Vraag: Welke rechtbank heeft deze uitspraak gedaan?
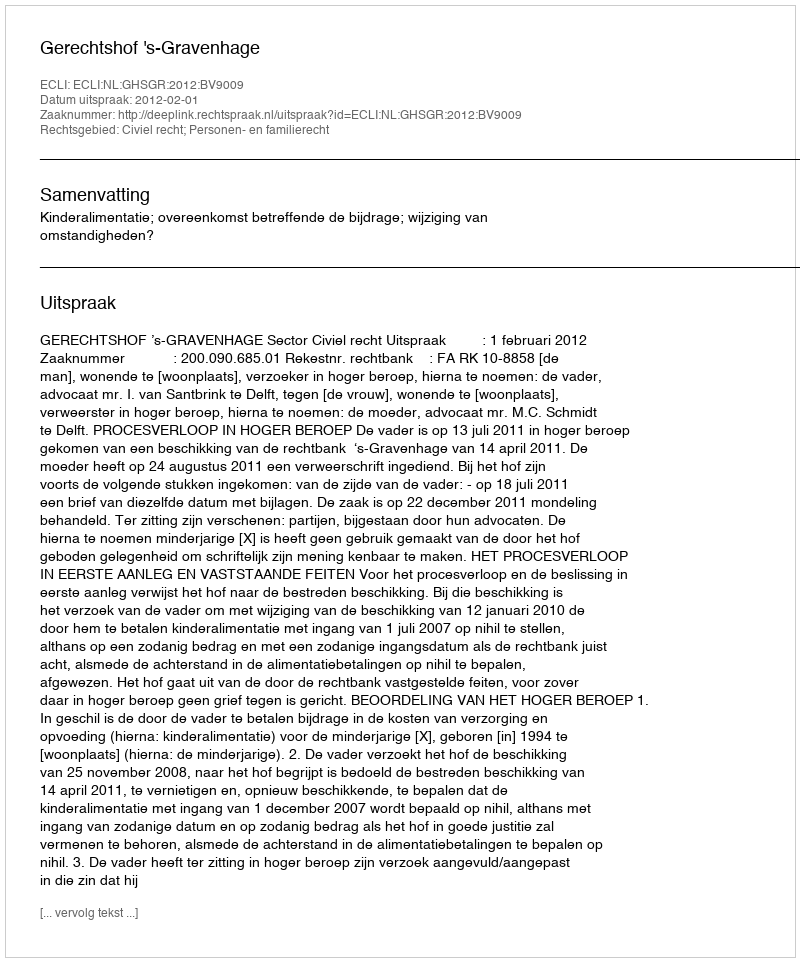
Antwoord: Gerechtshof 's-Gravenhage